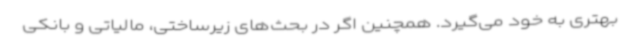
بهتری به خود می‌گیرد. همچنین اگر در بحث‌های زیرساختی، مالیاتی و بانکی